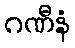
ဂဏီနံ